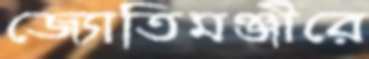
জ্যোতিমঞ্জীরে